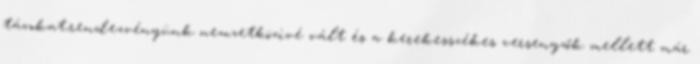
távokat,rendezvényünk nemzetközivé vált és a kerekesszékes versenyzők mellett már